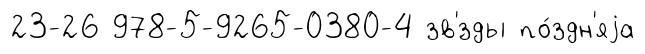
23-26 978-5-9265-0380-4 зв'́зды по́здн'яjа